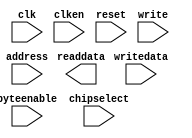
module onchip_memory2 (
                        // inputs:
                         address,
                         byteenable,
                         chipselect,
                         clk,
                         clken,
                         reset,
                         write,
                         writedata,

                        // outputs:
                         readdata
                      )
;

  parameter INIT_FILE = "../onchip_memory2.hex";


  output  [ 31: 0] readdata;
  input   [  9: 0] address;
  input   [  3: 0] byteenable;
  input            chipselect;
  input            clk;
  input            clken;
  input            reset;
  input            write;
  input   [ 31: 0] writedata;

  wire    [ 31: 0] readdata;
  wire             wren;
  assign wren = chipselect & write;
  //s1, which is an e_avalon_slave
  //s2, which is an e_avalon_slave

//synthesis translate_off
//////////////// SIMULATION-ONLY CONTENTS
  altsyncram the_altsyncram
    (
      .address_a (address),
      .byteena_a (byteenable),
      .clock0 (clk),
      .clocken0 (clken),
      .data_a (writedata),
      .q_a (readdata),
      .wren_a (wren)
    );

  defparam the_altsyncram.byte_size = 8,
           the_altsyncram.init_file = INIT_FILE,
           the_altsyncram.lpm_type = "altsyncram",
           the_altsyncram.maximum_depth = 1024,
           the_altsyncram.numwords_a = 1024,
           the_altsyncram.operation_mode = "SINGLE_PORT",
           the_altsyncram.outdata_reg_a = "UNREGISTERED",
           the_altsyncram.ram_block_type = "AUTO",
           the_altsyncram.read_during_write_mode_mixed_ports = "DONT_CARE",
           the_altsyncram.width_a = 32,
           the_altsyncram.width_byteena_a = 4,
           the_altsyncram.widthad_a = 10;


//////////////// END SIMULATION-ONLY CONTENTS

//synthesis translate_on
//synthesis read_comments_as_HDL on
//  altsyncram the_altsyncram
//    (
//      .address_a (address),
//      .byteena_a (byteenable),
//      .clock0 (clk),
//      .clocken0 (clken),
//      .data_a (writedata),
//      .q_a (readdata),
//      .wren_a (wren)
//    );
//
//  defparam the_altsyncram.byte_size = 8,
//           the_altsyncram.init_file = "onchip_memory2.hex",
//           the_altsyncram.lpm_type = "altsyncram",
//           the_altsyncram.maximum_depth = 1024,
//           the_altsyncram.numwords_a = 1024,
//           the_altsyncram.operation_mode = "SINGLE_PORT",
//           the_altsyncram.outdata_reg_a = "UNREGISTERED",
//           the_altsyncram.ram_block_type = "AUTO",
//           the_altsyncram.read_during_write_mode_mixed_ports = "DONT_CARE",
//           the_altsyncram.width_a = 32,
//           the_altsyncram.width_byteena_a = 4,
//           the_altsyncram.widthad_a = 10;
//
//synthesis read_comments_as_HDL off

endmodule